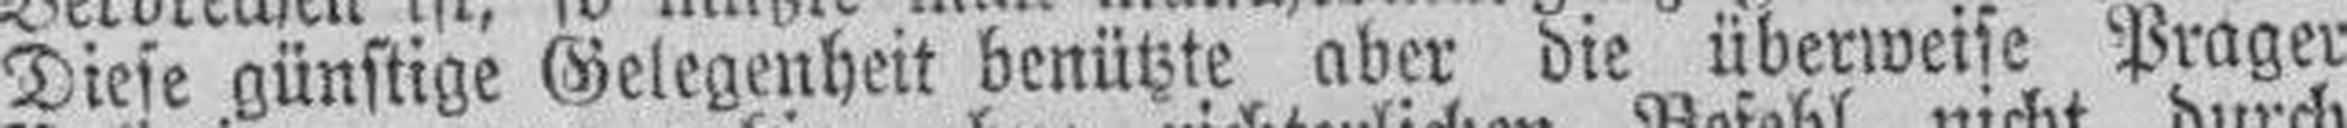
Diese günstige Gelegenheit benützte aber die überweise Prager